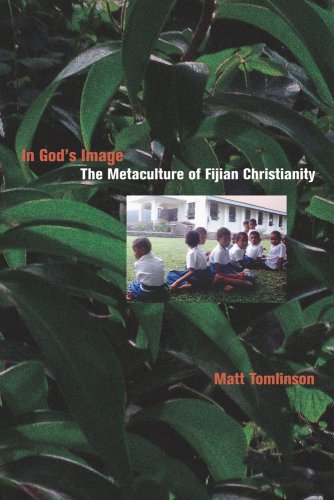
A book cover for In God's Image: The Metaculture of Fijian Christianity (The Anthropology of Christianity); Matthew Akim Tomlinson; History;